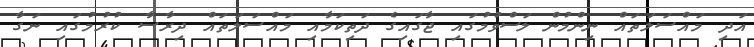
އަދި މައްސަލަތައް ނިންމުން ލަސްވުމުގައި ޖާގައިގެ ދަތިކަމާއި މައްސަލަތައް ދިރާސާ ކުރުމުގައި ނަގާ